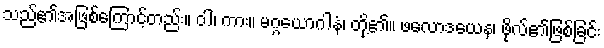
သည်၏အဖြစ်ကြောင့်တည်း။ ဝါ၊ ကား။ မဂ္ဂယောဂါနံ၊ တို့၏။ ဖလောဒယေန၊ ဖိုလ်၏ဖြစ်ခြင်း